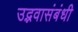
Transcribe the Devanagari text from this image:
उद्भवासंबंधी